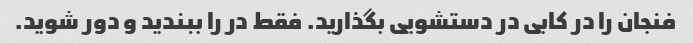
فنجان را در کابی در دستشویی بگذارید. فقط در را ببندید و دور شوید.